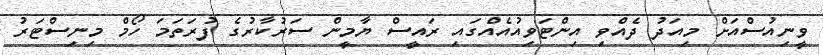
ވީނިއުސްއަށް މިއަދު ދެއްވި އިންޓަވިއުއެއްގައި ރައީސް ޔާމީން ސަރުކާރުގެ ފުރަތަމަ ހޯމް މިނިސްޓަރު